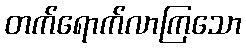
တက်ရောက်လာကြသော